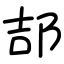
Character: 郆